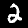
Digit: 2